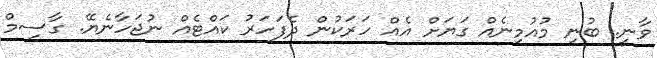
ވާނީ. ބުނި މުއުމިނެއް ގަޔަށް އެއް ހަރަކުން ދެފަހަރު ކައްޓެއް ނުޖަހާނެޔޭ. ގާސިމް